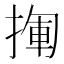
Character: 𢰄